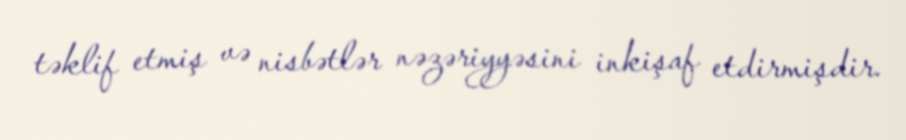
təklif etmiş və nisbətlər nəzəriyyəsini inkişaf etdirmişdir.